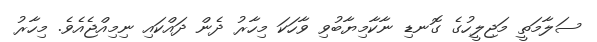
ސަލާމަތީ މަޖިލީހުގެ ގޮނޑި ނާކާމިޔާބުވި ވާހަކަ މިހާރު ދެން ދައްކައި ނިމިއްޖެއެވެ. މިހާރު